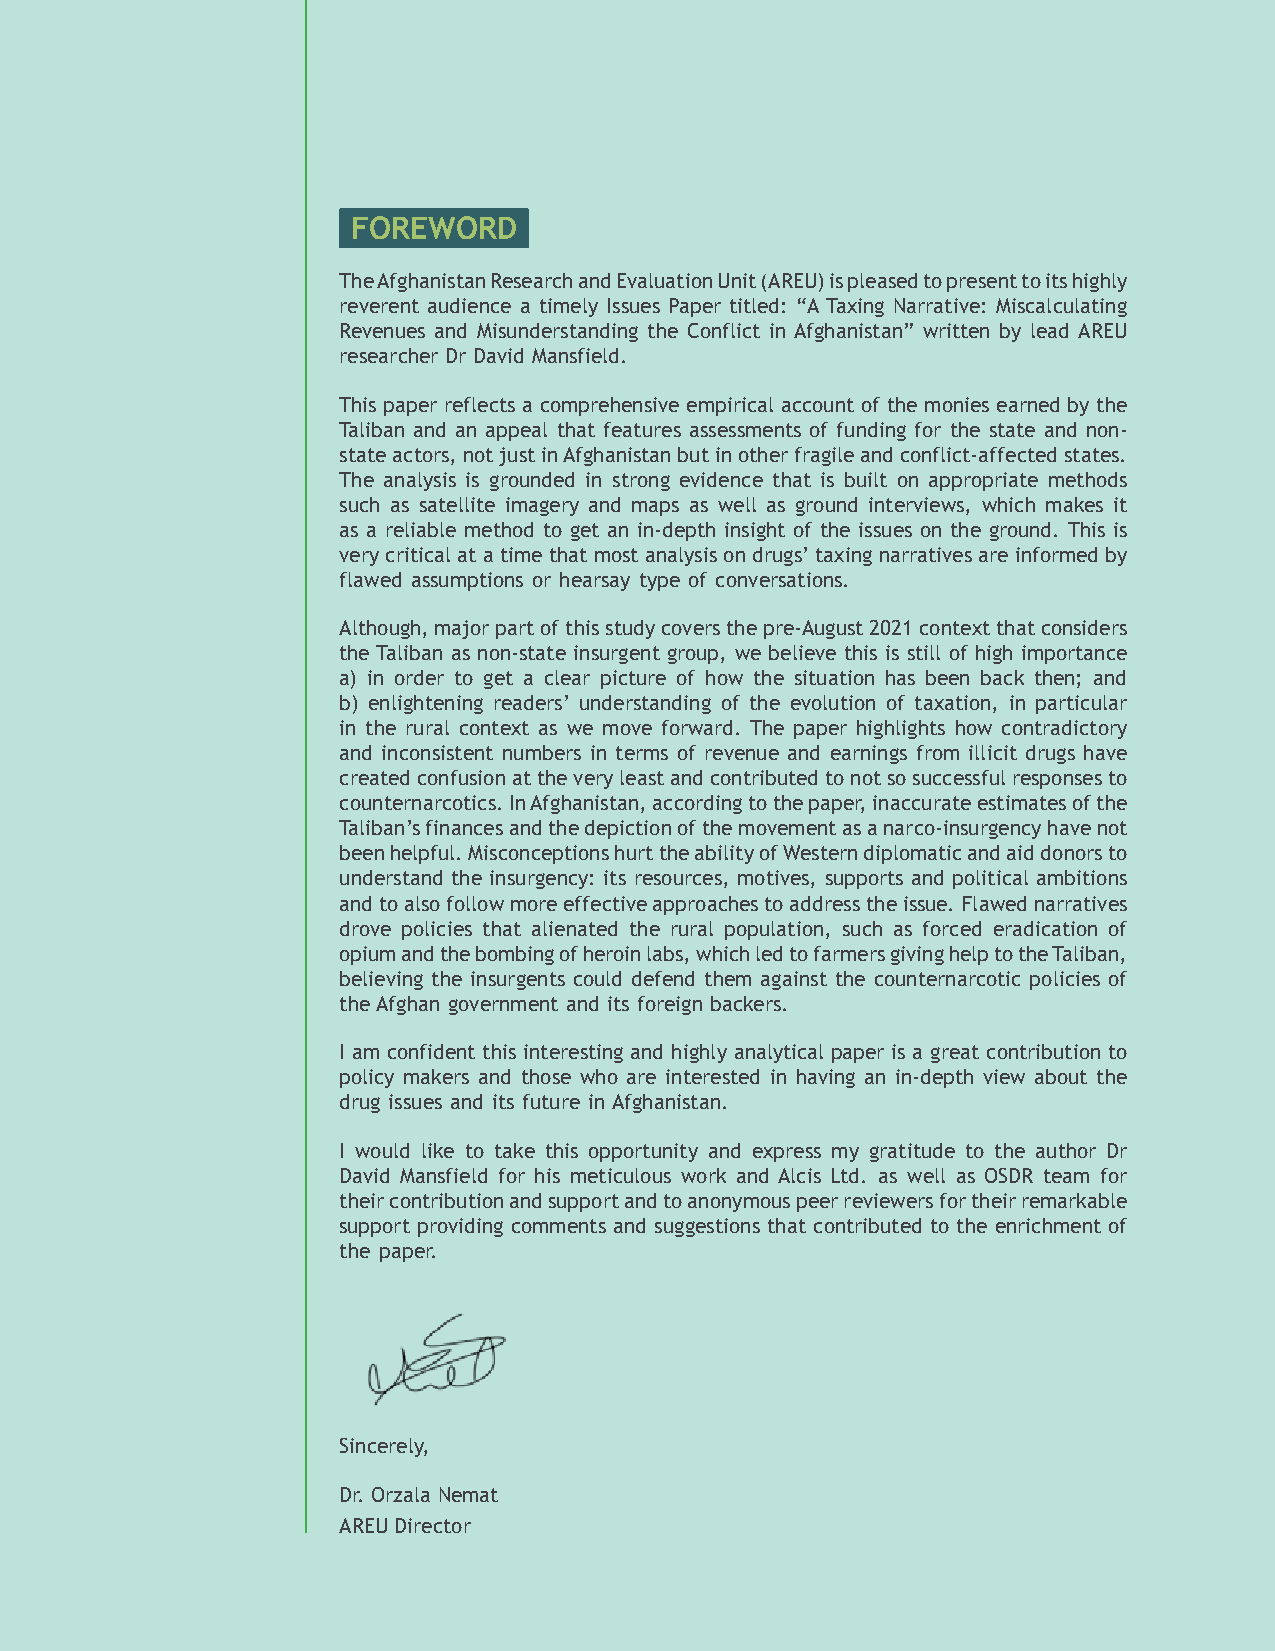
FOREWORD
 The Afghanistan Research and Evaluation Unit (AREU) is pleased to present to its highly
 reverent audience a timely Issues Paper titled: “A Taxing Narrative: Miscalculating
 Revenues and Misunderstanding the Conflict in Afghanistan” written by lead AREU
 researcher Dr David Mansfield.
 This paper reflects a comprehensive empirical account of the monies earned by the
 Taliban and an appeal that features assessments of funding for the state and non-
 state actors, not just in Afghanistan but in other fragile and conflict-affected states.
 The analysis is grounded in strong evidence that is built on appropriate methods
 such as satellite imagery and maps as well as ground interviews, which makes it
 as a reliable method to get an in-depth insight of the issues on the ground. This is
 very critical at a time that most analysis on drugs’ taxing narratives are informed by
 flawed assumptions or hearsay type of conversations.
 Although, major part of this study covers the pre-August 2021 context that considers
 the Taliban as non-state insurgent group, we believe this is still of high importance
 a) in order to get a clear picture of how the situation has been back then; and
 b) enlightening readers’ understanding of the evolution of taxation, in particular
 in the rural context as we move forward. The paper highlights how contradictory
 and inconsistent numbers in terms of revenue and earnings from illicit drugs have
 created confusion at the very least and contributed to not so successful responses to
 counternarcotics. In Afghanistan, according to the paper, inaccurate estimates of the
 Taliban’s finances and the depiction of the movement as a narco-insurgency have not
 been helpful. Misconceptions hurt the ability of Western diplomatic and aid donors to
 understand the insurgency: its resources, motives, supports and political ambitions
 and to also follow more effective approaches to address the issue. Flawed narratives
 drove policies that alienated the rural population, such as forced eradication of
 opium and the bombing of heroin labs, which led to farmers giving help to the Taliban,
 believing the insurgents could defend them against the counternarcotic policies of
 the Afghan government and its foreign backers.
 I am confident this interesting and highly analytical paper is a great contribution to
 policy makers and those who are interested in having an in-depth view about the
 drug issues and its future in Afghanistan.
 I would like to take this opportunity and express my gratitude to the author Dr
 David Mansfield for his meticulous work and Alcis Ltd. as well as OSDR team for
 their contribution and support and to anonymous peer reviewers for their remarkable
 support providing comments and suggestions that contributed to the enrichment of
 the paper.
 Sincerely,
 Dr. Orzala Nemat
 AREU Director
 IV